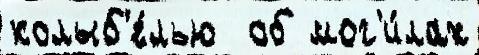
колыб'е́лью  об мог'и́лах